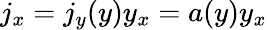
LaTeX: j_{x}=j_{y}(y)y_{x}=a(y)y_{x}